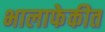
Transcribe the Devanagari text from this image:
भालाफेकीत